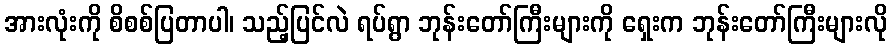
အားလုံးကို စိစစ်ပြတာပါ၊ သည့်ပြင်လဲ ရပ်ရွာ ဘုန်းတော်ကြီးများကို ရှေးက ဘုန်းတော်ကြီးများလို